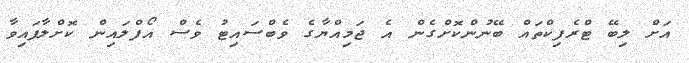
އަށް ލިބޭ ޓްރެފިކްތައް ބޭނުންކޮށްގެން އެ ޖަމިއްޔާގެ ވެބްސައިޓު ވެސް އޯފްލައިން ކޮށްލާފައިވާ